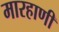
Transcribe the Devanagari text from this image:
मारहाणी